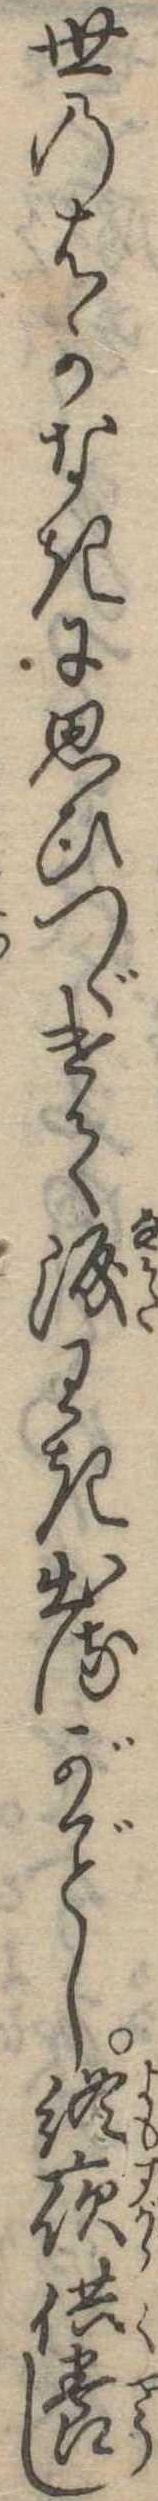
世のはかなきに思ひつゞけて涙わき出るがし終夜供養し